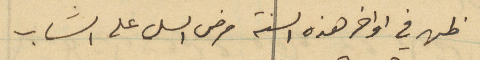
ظهر في اواخر هذه السنة مرض السل على الشاب